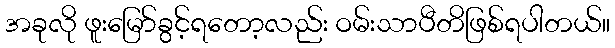
အခုလို ဖူးမြော်ခွင့်ရတော့လည်း ဝမ်းသာပီတိဖြစ်ရပါတယ်။